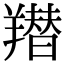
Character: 𦏋